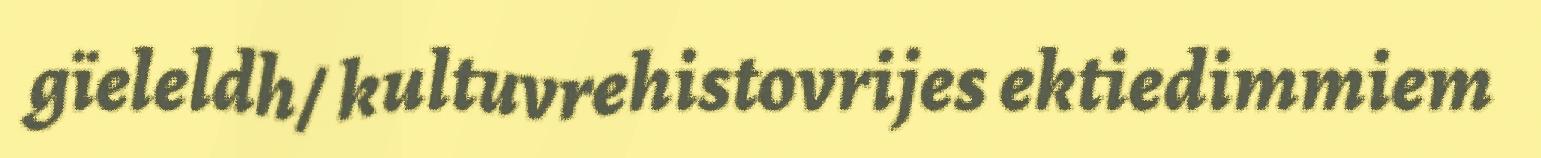
gïeleldh/ kultuvrehistovrijes ektiedimmiem